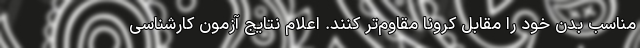
مناسب بدن خود را مقابل کرونا مقاوم‌تر کنند. اعلام نتایج آزمون کارشناسی